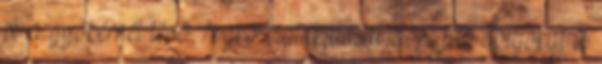
pl. a gyökérnél lévõ, fogkõ kialakulását elõsegítõ dolgokat is